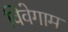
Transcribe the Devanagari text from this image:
विवेगाम